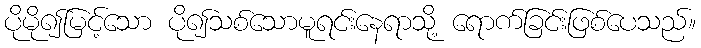
ပိုမို၍မြင့်သော ပို၍သစ်သောမူရင်းနေရာသို့ ရောက်ခြင်းဖြစ်ပေသည်။